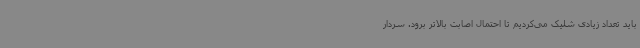
باید تعداد زیادی شلیک می‌کردیم تا احتمال اصابت بالاتر برود. سردار